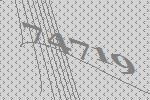
74719